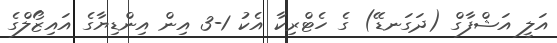
އަލީ އަޝްފާގް (ދަގަނޑޭ) ގެ ހެޓްރިކާ އެކު 1-3 އިން އިންޑިޔާގެ އައިޒޯލްގެ